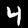
Label: 4